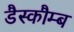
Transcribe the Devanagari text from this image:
डैस्कौम्ब